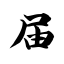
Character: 届